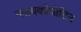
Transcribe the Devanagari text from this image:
ग्लायकोप्रोटिन